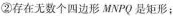
②存在无数个四边形MNPQ是矩形；